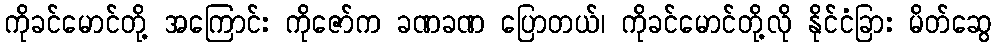
ကိုခင်မောင်တို့ အကြောင်း ကိုဇော်က ခဏခဏ ပြောတယ်၊ ကိုခင်မောင်တို့လို နိုင်ငံခြား မိတ်ဆွေ